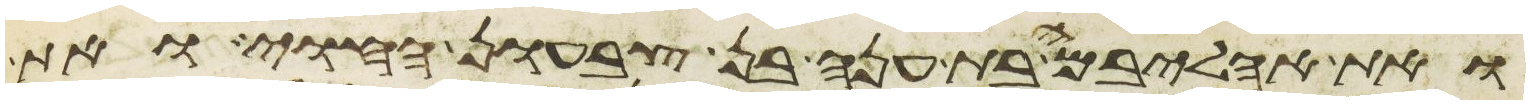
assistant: ואת אהליבמה בת ענה בן צבעון החוי ואת